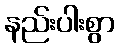
နည်းပါးစွာ